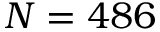
N = 4 8 6